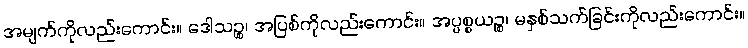
အမျက်ကိုလည်းကောင်း။ ဒေါသဉ္စ၊ အပြစ်ကိုလည်းကောင်း။ အပ္ပစ္စယဉ္စ၊ မနှစ်သက်ခြင်းကိုလည်းကောင်း။